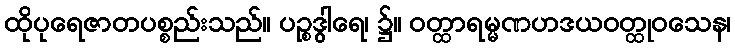
ထိုပုရေဇာတပစ္စည်းသည်။ ပဉ္စဒွါရေ၊ ၌။ ဝတ္ထာရမ္မဏဟဒယဝတ္ထုဝသေန၊